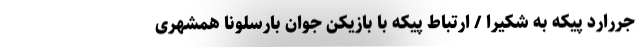
جررارد پیکه به شکیرا / ارتباط پیکه با بازیکن جوان بارسلونا همشهری